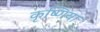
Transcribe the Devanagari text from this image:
कृष्णिया